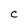
Character: C